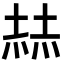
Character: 𡎓